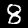
Digit: 8